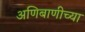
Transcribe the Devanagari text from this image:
अणिबाणीच्या